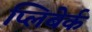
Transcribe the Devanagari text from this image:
प्लिबेर्क